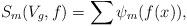
LaTeX: \begin{align*}S_m(V_g, f) = \sum \psi_m( f(x) ),\end{align*}